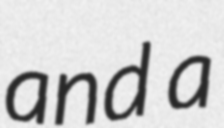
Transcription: and a